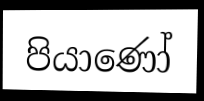
පියාණෝ